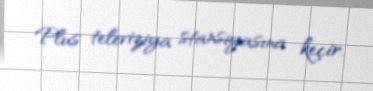
Plus televiziya stansiyasına keçir.